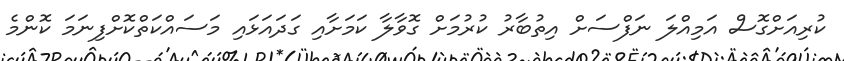
ކުރިއަށްގޮސް އަމިއްލަ ނަފްސަށް އިތުބާރު ކުރުމަށް ގޮވާލާ ކަމަށާއި ގަދައަޅައި މަސައްކަތްކޮށްފިނަމަ ކޮންމެ